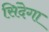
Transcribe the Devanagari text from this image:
सिंदेगा